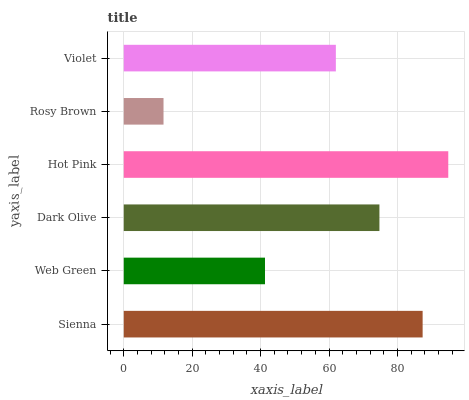
| yaxis_label | bars |
 | --- | --- |
 | Sienna | 87.4 |
 | Web Green | 41.3 |
 | Dark Olive | 74.7 |
 | Hot Pink | 94.9 |
 | Rosy Brown | 11.6 |
 | Violet | 62 |